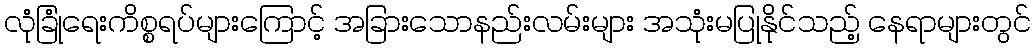
လုံခြုံရေးကိစ္စရပ်များကြောင့် အခြားသောနည်းလမ်းများ အသုံးမပြုနိုင်သည့် နေရာများတွင်